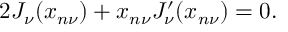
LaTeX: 2 J _ { \nu } ( x _ { n \nu } ) + x _ { n \nu } J _ { \nu } ^ { \prime } ( x _ { n \nu } ) = 0 .